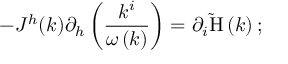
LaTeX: - J ^ { h } ( k ) \partial _ { h } \left( \frac { k ^ { i } } { \omega \left( k \right) } \right) = \partial _ { i } \mathrm { \tilde { H } } \left( k \right) ;